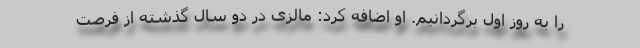
را به روز اول برگردانیم. او اضافه کرد: مالزی در دو سال گذشته از فرصت